Lunatic asylums in Bengal annual reports 1888-1898 - 1888-1898
Year: 1888
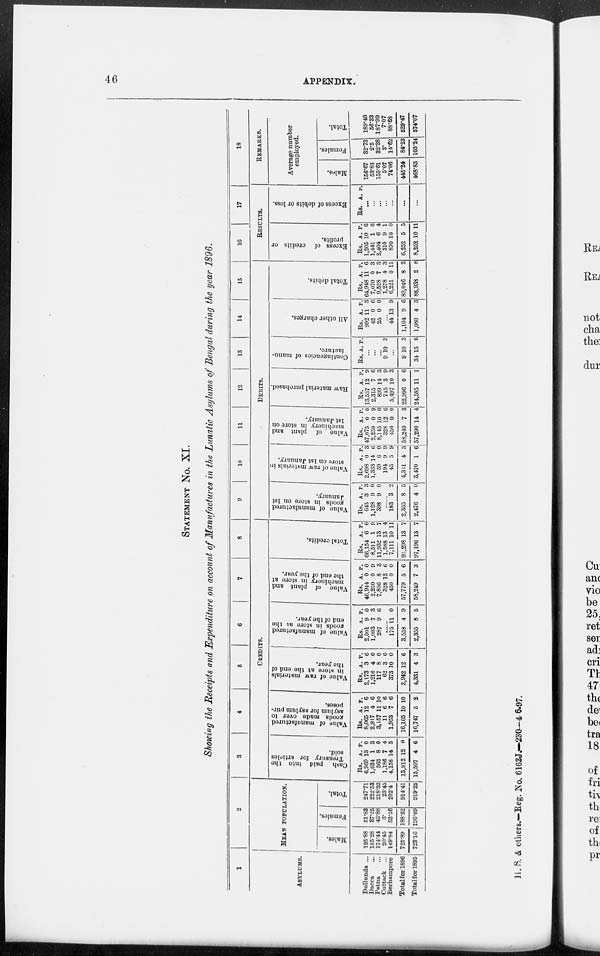
46
APPENDIX.
STATEMENT No. XI.
Showing the Receipts and Expenditure on account of Manufactures in the Lunatic Asylums of Bengal during the year 1896.
1
ASYLUMS.
Dullunda ...
Dacca ...
Patna ...
Cuttack
...
Berhampore
Total for 1896
Total for 1895
2
MEAN
POPULATION.
Males.
195.88
185.28
174.44
20.45
149.84
725.89
723.16
Females.
51.83
37.25
43.88
3.
52.56
188.52
196.09
Total.
247.71
222.53
218.32
23.45
202.4
914.41
919.25
3
4
5
6
7
8
CREDITS.
Cash paid into the
Treasury for articles
sold.
Rs.
6,969
1,034
563
1,186
4,158
13,912
15,507
A.
13
1
8
7
14
12
4
P.
0
3
0
4
5
0
6
Value of manufactured
goods made over to
asylum for asylum pur-
poses.
Rs.
8,065
2,917
3,157
11
1,953
16,105
16,747
A.
12
4
11
6
7
10
5
P.
6
6
10
6
6
10
2
Value of raw materials
in store at the end of
the year.
Rs.
2,173
1,216
117
62
373
3,942
4,331
A.
3
4
8
3
10
12
4
P.
6
0
0
0
0
6
3
Value of manufactured
goods in store at the
end of the year.
Rs.
2,001
1,093
287
A.
9
7
9
P.
0
3
6
......
175
3,558
2,355
11
4
8
0
9
5
Value of plant and
machinery in store at
the end of the year.
Rs.
46,914
2,250
7,806
328
450
57,779
58,249
A.
0
0
8
12
0
5
7
P.
0
9
3
6
0
6
3
Total credits.
Rs.
66,154
8,511
11,932
1,588
7,111
95,298
97,190
A.
6
1
13
13
P.
0 9
7
4
10 11
13
13
7
7
9
10
11
12
13
14
15
DEBITS.
Value of manufactured
goods in store on 1st
January.
Rs.
645
1,128
398
A.
3
9
9
P.
3
0
0
......
183
2,355
2,476
3
8
4
2
5
0
Value of raw materials in
store on 1st January.
Rs.
2,698
1,333
59
194
45
4,331
3,470
A.
0
14
6
9
5
4
1
P.
3
6
0
9
9
3
6
Value of plant and
machinery in store on
1st January.
Rs.
47,075
2,250
8,145
328
450
58,249
57,290
A.
0
0
10
12
0
7
14
P.
0
9
0
6
0
3
4
Raw material purchased.
Rs.
13,537
2,315
899
745
5,497
22,996
24,585
A.
12
7
14
3
10
0
11
P.
9
6
3
9
3
6
1
Contingencies of manu-
facture.
Rs. A. P.
...
...
...
9 10 3
...
9
34
10
15
3
6
All other charges.
Rs.
992
42
25
A.
11
0
0
P.
3
6
0
...
44
1,104
1,080
13
9
4
9
6
3
Total debits.
Rs.
64,948
7,070
9,528
1,278
6,221
89,046
88,938
A.
11
0
7
4
0
8
2
P.
6
3
3
3
11
2
8
16
17
RESULTS.
Excess of credits or
profits.
Rs.
1,205
1,441
2,404
310
890
6,252
8,252
A.
10
1
6
9
10
5
10
P.
6
6
4
1
0
5
11
Excess of debits or loss.
Rs. A. P.
...
...
...
...
...
...
...
18
REMARKS.
Average number
employed.
Males.
156.67
53.83
155.61
5.07
74.06
445.24
468.83
Females.
32.73
2.5
32.38
2.
14.62
84.23
105.24
Total.
189.40
56.33
187.99
7.07
88.68
529.47
574.07
H. S. & others.—Reg. No. 6162J.—230— 4-6-97.